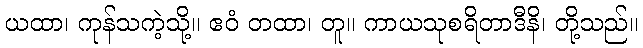
ယထာ၊ ကုန်သကဲ့သို့။ ဧဝံ တထာ၊ တူ။ ကာယသုစရိတာဒီနိ၊ တို့သည်။